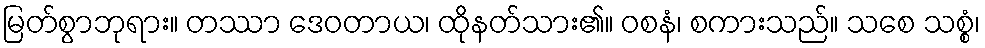
မြတ်စွာဘုရား။ တဿာ ဒေဝတာယ၊ ထိုနတ်သား၏။ ဝစနံ၊ စကားသည်။ သစေ သစ္စံ၊